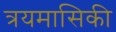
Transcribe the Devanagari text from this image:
त्रयमासिकी